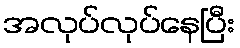
အလုပ်လုပ်နေပြီး